Report on sanitation, dispensaries, and jails in Rajputana for 1920, and on vaccination for the year 1920-1921 - 1920-1921
Year: 1920
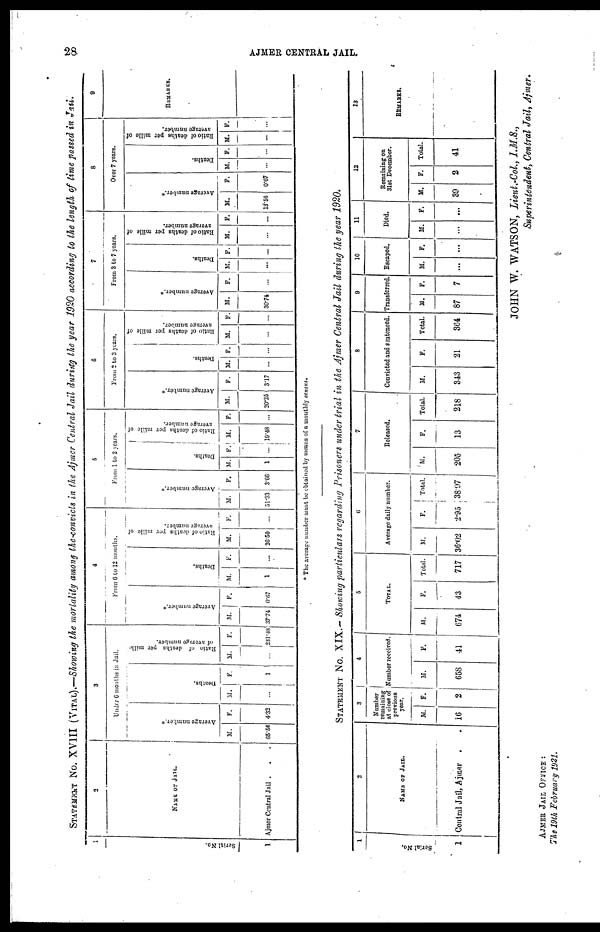
28
AJMER CENTRAL JAIL.
STATEMENT No. XVIII (VITAL).—Showing the mortality among the convicts in the Ajmer Central Jail during the year 1920 according to the length of time passed in Jail.
1
Serial No.
1
2
NAME OF JAIL.
Ajmer Central Jail . . .
3
Under 6 months in Jail.
Average number.*
M.
65.56
F.
4.32
Deaths.
M.
...
F.
1
Ratio of deaths per mille
of average number.
M.
...
F.
231.48
4
From 6 to 12 months.
Average number.*
M.
37.74
F.
0.67
Deaths.
M.
1
F.
...
Ratio of deaths per mille of
avertage number.
M.
26.50
F.
...
5
From 1 to 2 years.
Average number.*
M.
51.33
F.
3.66
Deaths.
M.
1
F.
...
Ratio of deaths per millc of
average number.
M.
19.48
F.
...
6
From 2 to 3 years.
Average number.*
M.
20.25
F.
3.17
Deaths.
M.
...
F.
...
Ratio of deaths per mille of
average number.
M.
...
F.
...
7
From 3 to 7 years.
Average number.*
M.
30.74
F.
...
Deaths.
M.
...
F.
...
Ratio of deaths per mille of
average number.
M.
...
F.
...
8
Over 7 years.
Average number.*
M.
13.56
F.
0.67
Deaths.
M.
...
F.
...
Ratio of deaths per mille of
average number.
M.
...
F.
...
9
REMARKS.
* The average number must be obtained by means of a monthly census.
STATEMENT No. XIX.— Showing particulars regarding Prisoners under trial in the Ajmer Central Jail during the year 1920.
1
Serial No.
1
2
NAME OF JAIL.
Central Jail, Ajmer . .
3
Number
remaining
at close of
previous
year.
M.
16
F.
2
4
Number received.
M.
658
F.
41
5
TOTAL.
M.
674
F.
43
Total.
717
6
Average daily number.
M.
36.02
F.
2.95
Total.
38.97
7
Released.
M.
205
F.
13
Total.
218
8
Convicted and sentenced.
M.
343
F.
21
Total.
364
9
Transferred.
M.
87
F.
7
10
Escaped.
M.
...
F.
...
11
Died.
M.
...
F.
...
12
Remaining on
31st December.
M.
39
F.
2
Total.
41
13
REMARKS.
AJMER JAIL OFFICE :
The 19th February 1921.
JOHN W. WATSON, Lieut.-Col., I.M.S.,
Superintendent, Central Jail, Ajmer.